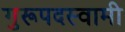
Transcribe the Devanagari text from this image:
गुरूपदस्वामी